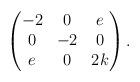
LaTeX: \begin{align*}\begin{pmatrix}-2 & 0 & e \\ 0 & -2 & 0 \\ e & 0 & 2k\end{pmatrix}.\end{align*}